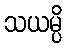
သယမ္ပိ